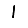
Digit: 1